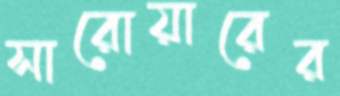
সারোয়ারের